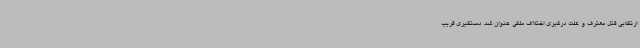
ارتکابی قتل معترف و علت درگیری اختلاف ملکی عنوان شد. دستگیری قریب